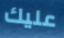
عليك